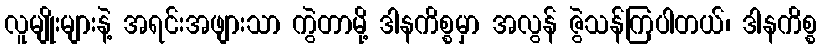
လူမျိုးများနဲ့ အရင်းအဖျားသာ ကွဲတာမို့ ဒါနကိစ္စမှာ အလွန် ဇွဲသန်ကြပါတယ်၊ ဒါနကိစ္စ